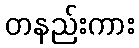
တနည်းကား